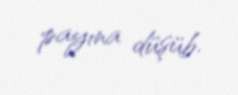
payına düşüb.